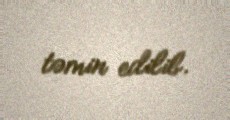
təmin edilib.